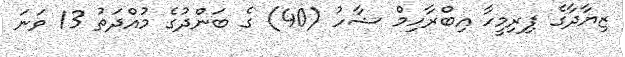
ޒިޔާދާގެ ފިރިމީހާ އިބްރާހިމް ޝާހު (40) ގެ ބަންދުގެ މުއްދަތު 13 ވަނަ